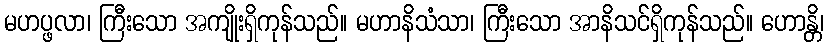
မဟပ္ဖလာ၊ ကြီးသော အကျိုးရှိကုန်သည်။ မဟာနိသံသာ၊ ကြီးသော အာနိသင်ရှိကုန်သည်။ ဟောန္တိ၊